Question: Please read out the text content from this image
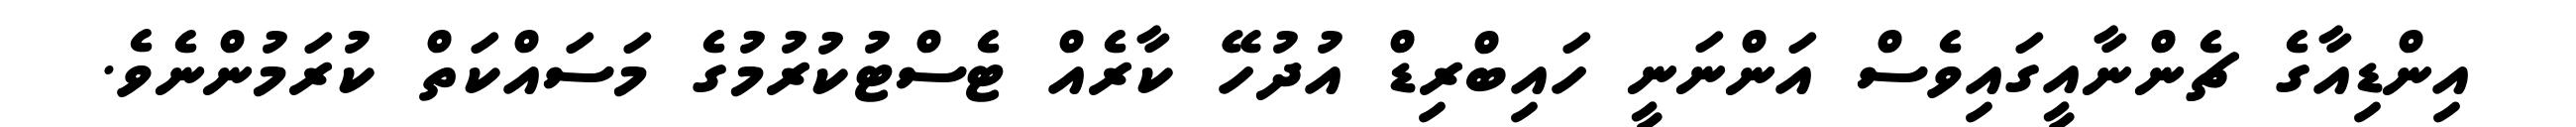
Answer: އިންޑިއާގެ ޗެންނާއީގައިވެސް އަންނަނީ ހައިބްރިޑް އުދުހޭ ކާރެއް ޓެސްޓުކުރުމުގެ މަސައްކަތް ކުރަމުންނެވެ.